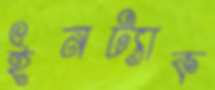
ইনট্যাক